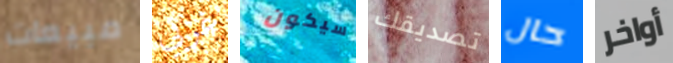
مبيعات غربي سيكون تصديقك حال أواخر